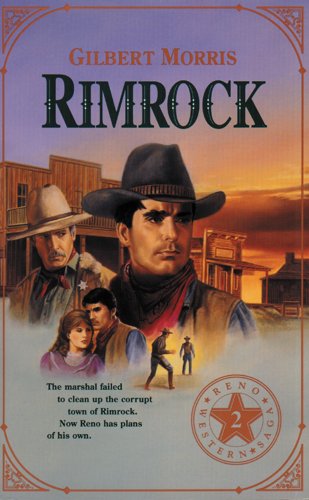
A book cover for Rimrock (Originally The Deputy) (Reno Western Saga #2); Gilbert Morris; Religion & Spirituality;